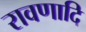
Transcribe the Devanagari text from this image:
रावणादि